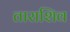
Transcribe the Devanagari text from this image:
ताराशिव